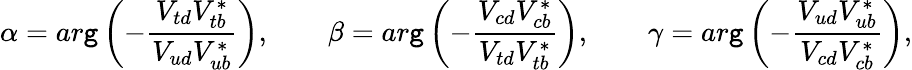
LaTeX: \alpha=ar\mathtt{g}\left(-\frac{{V_{td}V_{tb}^{\ast}}}{{V_{ud}V_{ub}^{\ast}}}\right),\qquad\beta=ar\mathtt{g}\left(-\frac{{V_{cd}V_{cb}^{\ast}}}{{V_{td}V_{tb}^{\ast}}}\right),\qquad\gamma=ar\mathtt{g}\left(-\frac{{V_{ud}V_{ub}^{\ast}}}{{V_{cd}V_{cb}^{\ast}}}\right),